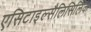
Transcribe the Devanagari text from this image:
एसिटाइल्सैलिसिलिक